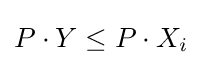
P\cdot Y\leq P\cdot X_{i}